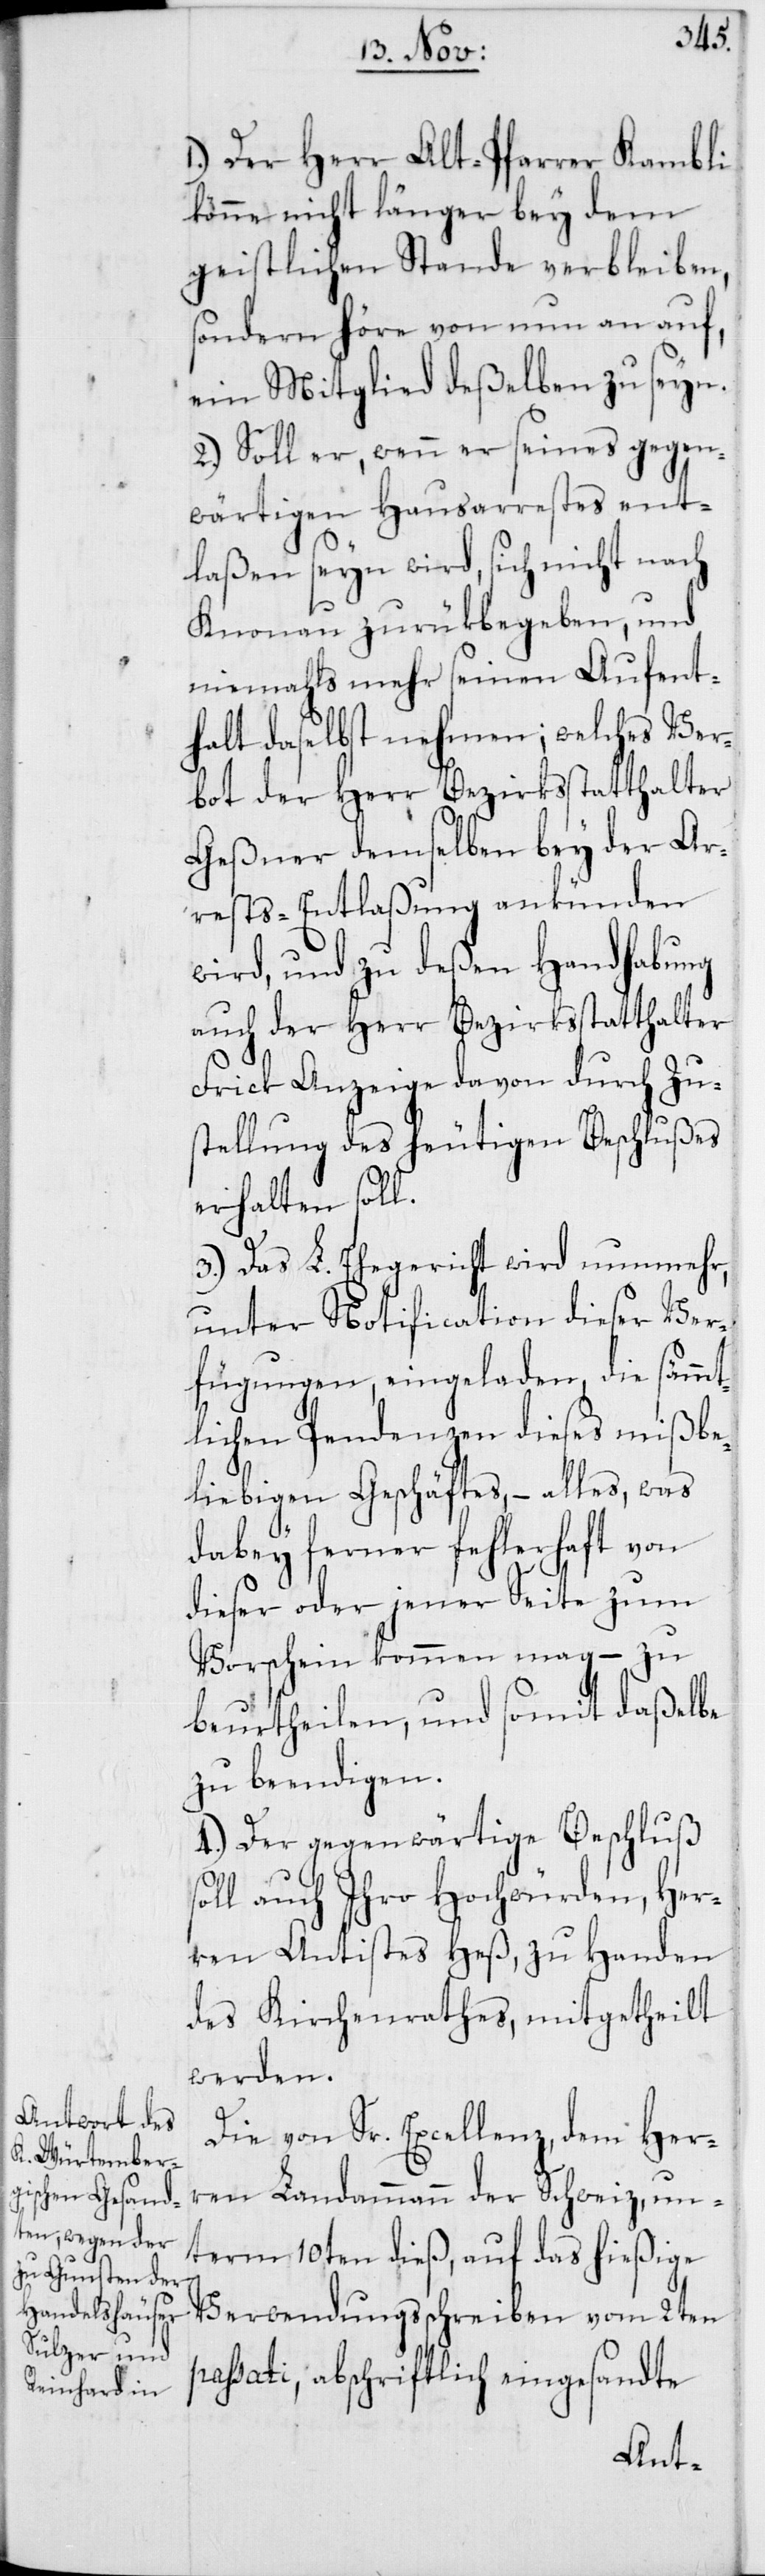
sol¬
1. Der Herr Alt-Pfarrer Kambli
könne nicht länger bey dem
geistlichen Stande verbleiben,
sondern höre von nun an auf,
ein Mitglied deßelben zu seyn.
2. Soll er, wenn er seines gegen¬
wärtigen Hausarrestes ent¬
laßen seyn wird, sich nicht nach
Knonau zurükbegeben, und
niemahls mehr seinen Aufent¬
halt daselbst nehmen; welches Ver¬
bot der Herr Bezirksstatthalter
Geßner demselben bey der Ar¬
rests-Entlaßung ankünden
wird, und zu deßen Handhabung
auch der Herr Bezirksstatthalter
Frick Anzeige davon durch Zu¬
stellung des heutigen Beschlußes
erhalten soll.
3. Das L. Ehegericht wird nunmehr,
unter Notification dieser Ver¬
fügungen, eingeladen, die sämmt¬
lichen Pendenzen dieses mißbe¬
liebigen Geschäftes, – alles, was
dabey ferner fehlerhaft von
dieser oder jener Seite zum
Vorschein kommen mag – zu
beurtheilen, und somit daßelbe
zu beendigen.
4. Der gegenwärtige Beschluß
l auch Ihro Hochwürden, Her¬
ren Antistes Heß, zu Handen
des Kirchenrathes, mitgetheilt
werden.
Die von Sr. Excellenz, dem Her¬
ren Landammann der Schweiz, un¬
term 10ten dieß, auf das hießige
Verwendungsschreiben vom 2ten
passati, abschriftlich eingesandte